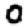
Digit: 0